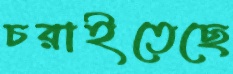
চরাইতেছে